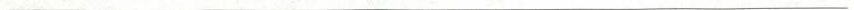
___